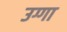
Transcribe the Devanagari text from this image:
उग्गा